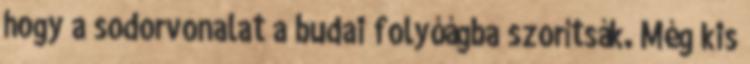
hogy a sodorvonalat a budai folyóágba szorítsák. Még kis